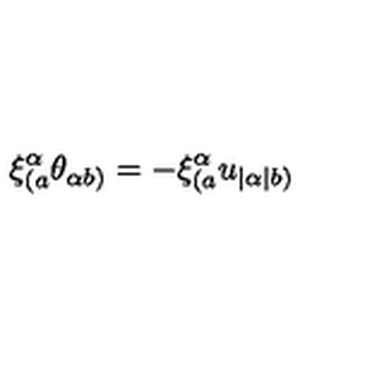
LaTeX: \xi _ { ( a } ^ { \alpha } \theta _ { \alpha b ) } = - \xi _ { ( a } ^ { \alpha } u _ { | \alpha | b ) }